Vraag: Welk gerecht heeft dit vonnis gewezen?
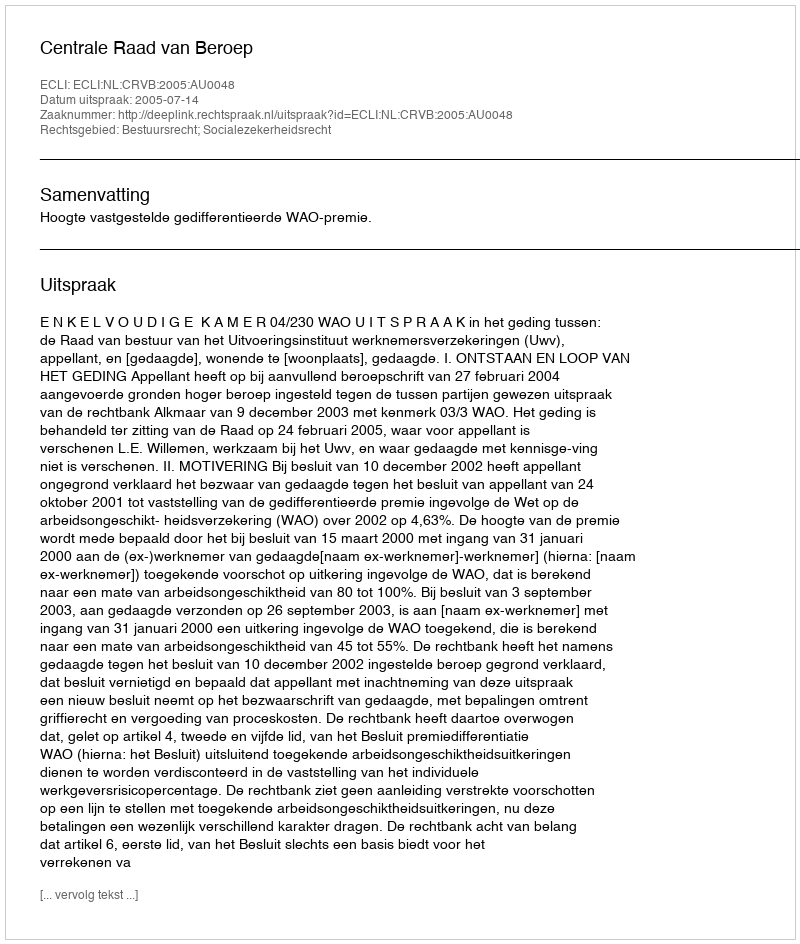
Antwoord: Centrale Raad van Beroep